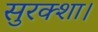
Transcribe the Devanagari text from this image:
सुरक्शा।